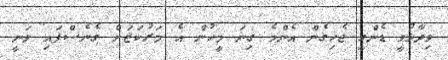
ވިދާޅުވީ ޑެންގީ ޖެހިގެން އެންމެ ގިނަ މީހުން އެ މަރުކަޒަށް ގެނެސްފައި ވަނީ